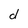
Character: d